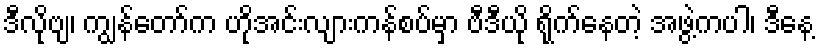
ဒီလိုဗျ၊ ကျွန်တော်က ဟိုအင်းလျားကန်စပ်မှာ ဗီဒီယို ရိုက်နေတဲ့ အဖွဲ့ကပါ၊ ဒီနေ့